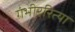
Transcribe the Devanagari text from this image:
गंभीररित्या